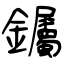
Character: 钃